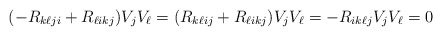
\begin{align*}( - R_{k\ell ji } + R_{\ell i k j} ) V_j V_\ell =( R_{k\ell ij} + R_{\ell i kj} ) V_j V_\ell= -R_{ik\ell j} V_j V_\ell =0\end{align*}